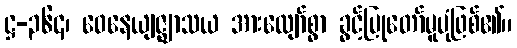
ဋ္ဌ-၃၆၄၊ ဝေနေယျဇ္ဈာသယ အားလျော်စွာ ခွင့်ပြုတော်မူပုံဖြစ်၏။